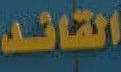
القائد